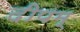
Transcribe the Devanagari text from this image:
दीपम्